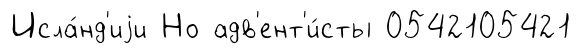
Исла́нд'иjи Но адв'ент'и́сты 0542105421